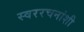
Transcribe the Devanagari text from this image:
स्वररचनांशी